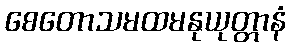
စေတောသမထမနုယုတ္တာနံ